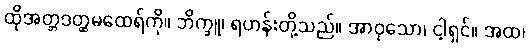
ထိုအတ္တဒတ္ထမထေရ်ကို။ ဘိက္ခူ၊ ရဟန်းတို့သည်။ အာဝုသော၊ ငါ့ရှင်။ အထ၊